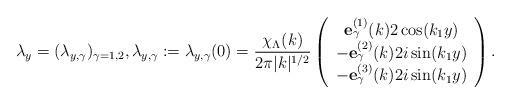
LaTeX: \begin{align*}\lambda_y = (\lambda_{y,\gamma})_{\gamma=1,2}, \lambda_{y,\gamma} := \lambda_{y,\gamma}(0) = \frac{\chi_{\Lambda}(k)}{2\pi |k|^{1/2}} \left( \begin{array}{c}\mathbf{e}^{(1)}_{\gamma}(k)2 \cos(k_1 y) \\ -\mathbf{e}^{(2)}_{\gamma}(k) 2i\sin (k_1 y) \\-\mathbf{e}^{(3)}_{\gamma}(k) 2i\sin (k_1 y)\end{array}\right) .\end{align*}